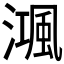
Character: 𣽝